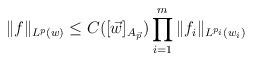
LaTeX: \begin{align*}\|f\|_{L^{p}(w)} \le C([\vec w]_{A_{\vec p}}) \prod_{i=1}^m\|f_i\|_{L^{p_i}(w_i)}\end{align*}